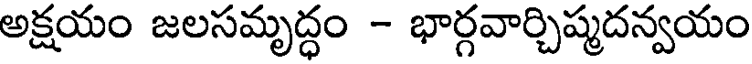
అక్షయం జలసమృద్ధం - భార్గవార్చిష్మదన్వయం